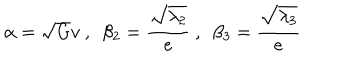
\alpha = \sqrt { G } v \ , \ \ \beta _ { 2 } = \frac { \sqrt { \lambda _ { 2 } } } { e } \ , \ \ \beta _ { 3 } = \frac { \sqrt { \lambda _ { 3 } } } { e }